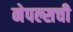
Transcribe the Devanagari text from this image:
नेपल्सची